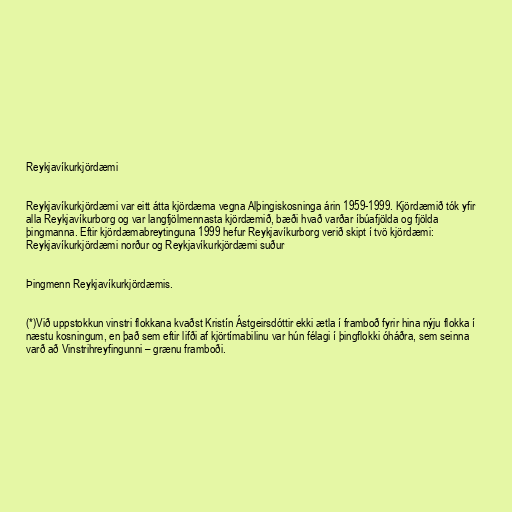
Reykjavíkurkjördæmi

Reykjavíkurkjördæmi var eitt átta kjördæma vegna Alþingiskosninga árin 1959-1999. Kjördæmið tók yfir
alla Reykjavíkurborg og var langfjölmennasta kjördæmið, bæði hvað varðar íbúafjölda og fjölda
þingmanna. Eftir kjördæmabreytinguna 1999 hefur Reykjavíkurborg verið skipt í tvö kjördæmi:
Reykjavíkurkjördæmi norður og Reykjavíkurkjördæmi suður

Þingmenn Reykjavíkurkjördæmis.

(*)Við uppstokkun vinstri flokkana kvaðst Kristín Ástgeirsdóttir ekki ætla í framboð fyrir hina nýju flokka í
næstu kosningum, en það sem eftir lifði af kjörtímabilinu var hún félagi í þingflokki óháðra, sem seinna
varð að Vinstrihreyfingunni – grænu framboði.